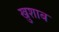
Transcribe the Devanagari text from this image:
खुशाब